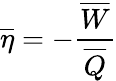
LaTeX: \overline{{\eta}}=-\frac{\overline{{W}}}{\overline{{Q}}}